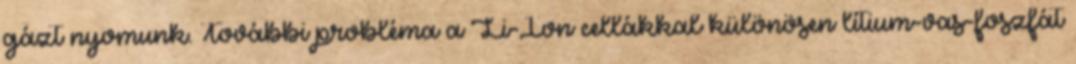
gázt nyomunk. További probléma a Li-Ion cellákkal különösen lítium-vas-foszfát